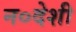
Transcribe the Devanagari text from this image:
न०देशी